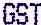
GST